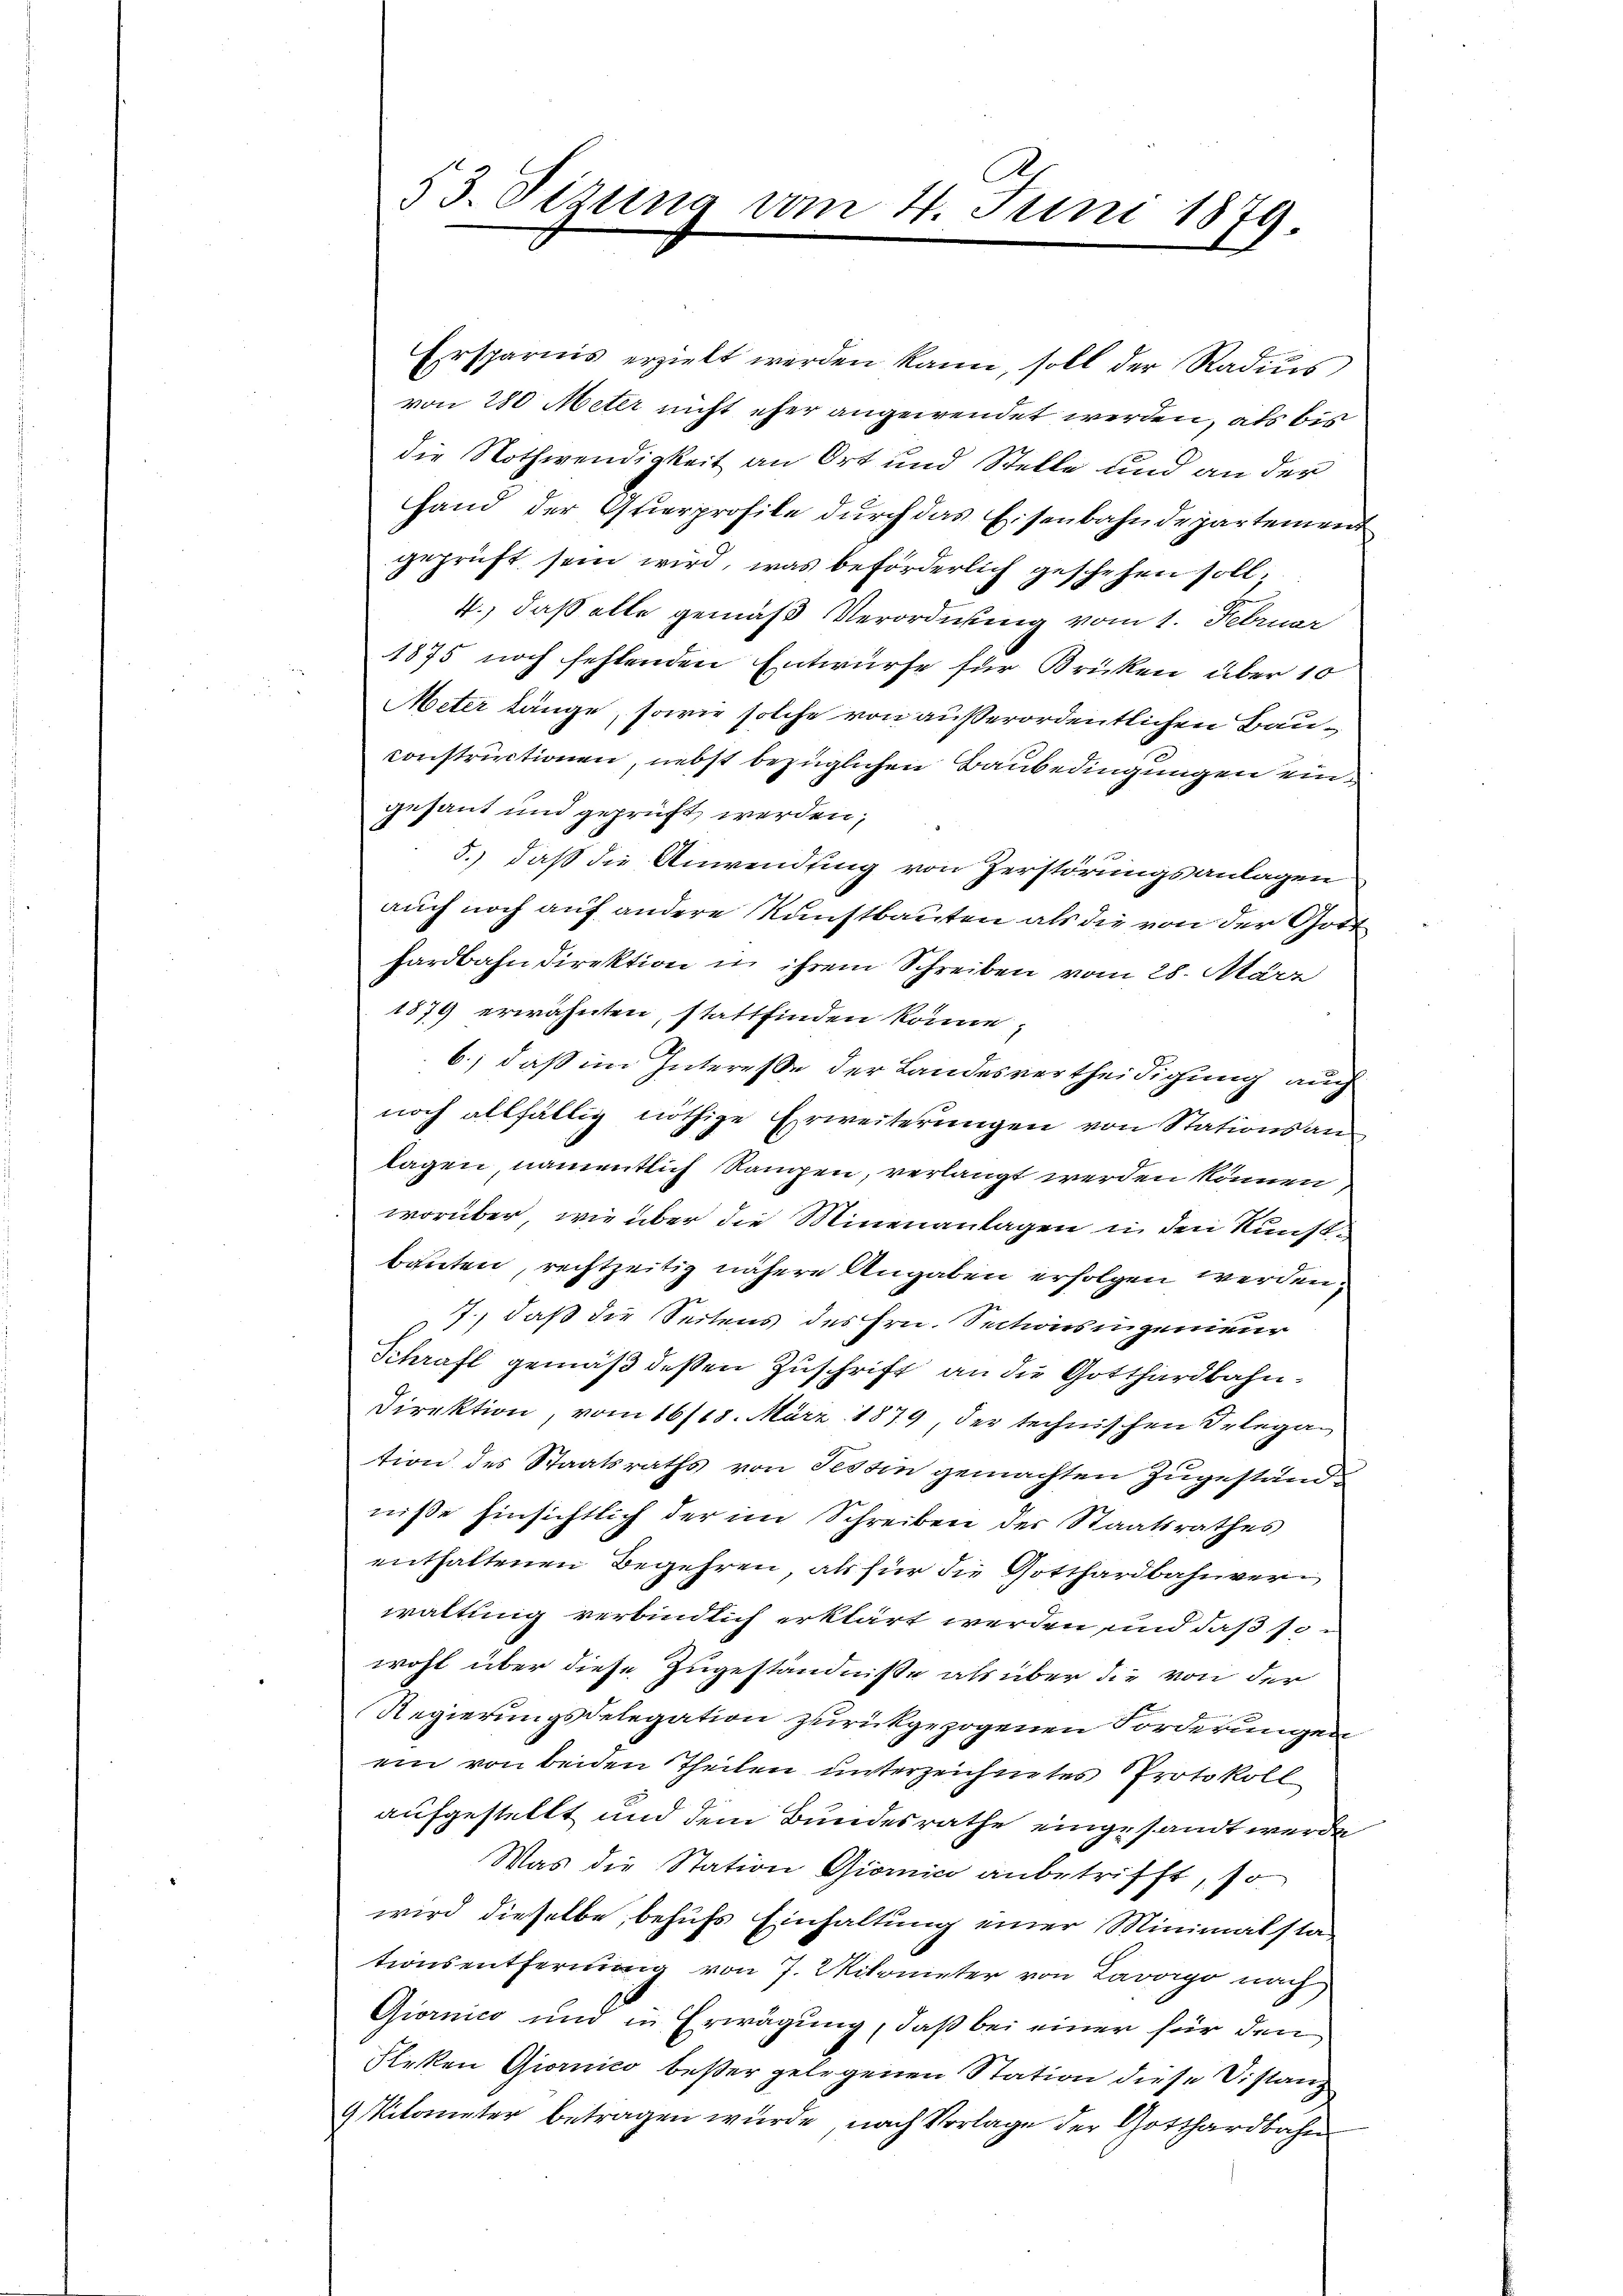
Ersparnis erzielt werden kann, soll der Radiŭs
von 280 Meter nicht eher angewendet werden, als bis
die Nothwendigkeit an Ort und Stelle und an der
Hand der Querprofile durch das Eisenbahndepartement
geprüft sein wird, was beförderlich geschehen soll;
4., daß alle gemäß Verordnung vom 1. Februar
1875 noch fehlenden Entwürfe für Briken über 10
Meter länge, sowie solche von außerordentlichen Bauconstructionen, nebst bezüglichen Baubedingungen eingesant und geprüft werden;
5.) daß die Anwendung von Zerstörungsanlagen
auch noch auf andere Kunstbauten als die von der Gott
hardbahndirektion in ihrem Schreiben vom 28. März
1879 erwähnten, stattfinden könne,
6., daß im Interesse der Landesvertheidigung auch
noch allfällig nöthige Erweiterungen von Stationsanlagen, namentlich Rampen, verlangt werden können
worüber, wie über die Minenantagen in den Kunstbauten, rechtzeitig nähere Angaben erfolgen werden;
7., daß die Seitens des Hrn. Sectionsingenieur
Schraft gemäß deßen Zuschrift an die Gotthardbahn¬
Direktion, vom 16/18. März 1879, der technischen Delegation des Staatsraths von Tessin gemachten Zugestands
niße hinsichtlich der im Schreiben der Staatsrathes
enthaltenen Begehren, als für die Gotthardbahnverwaltung verbindlich erklärt werden und daß sowohl über diese Zugeständnisse als über die von der
Regierungsdelegation zurückgezogenen Forderungen
ein von beiden Theilen unterzeichnetes Protokoll
aufgestellt und dem Bundesrathe eingesandt werde
Was die Station Giorie anbetrifft, so
wird dieselbe, behufs Einhaltung einer Minimalstationsentfernung von J. Wikometer von Lavogo nach
Giornico und in Erwägung, daß bei einer für den
Flecken Giornico besser gelegenen Station diese Distanz
9 Kilometer betragen würde, nach Vorlage der Gotthardbahn

53. Sizung vom 4. Juni 1879